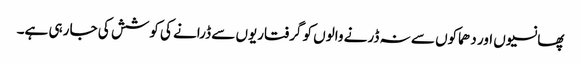
پھانسیوں اور دھماکوں سے نہ ڈرنے والوں کو گرفتاریوں سے ڈرانے کی کوشش کی جا رہی ہے۔